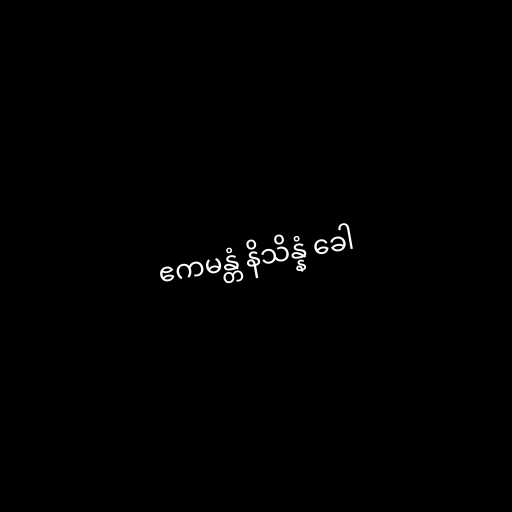
ဧကမန္တံ နိသိန္နံ ခေါ